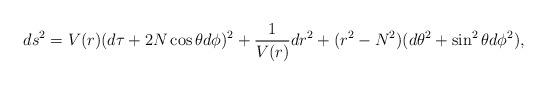
LaTeX: \begin{align*} ds^2 = V(r)(d\tau + 2N\cos\theta d\phi)^2 + \frac{1}{V(r)}dr^2 + (r^2-N^2) (d\theta^2 + \sin^2\theta d\phi^2),\end{align*}